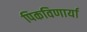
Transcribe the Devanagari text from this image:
पिकविणार्या